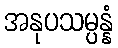
အနုပသမ္ပန္နံ